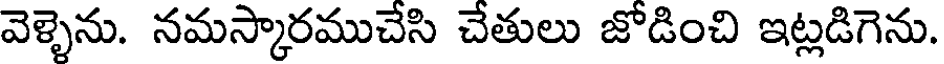
వెళ్ళెను. నమస్కారముచేసి చేతులు జోడించి ఇట్లడిగెను.